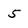
Character: 5